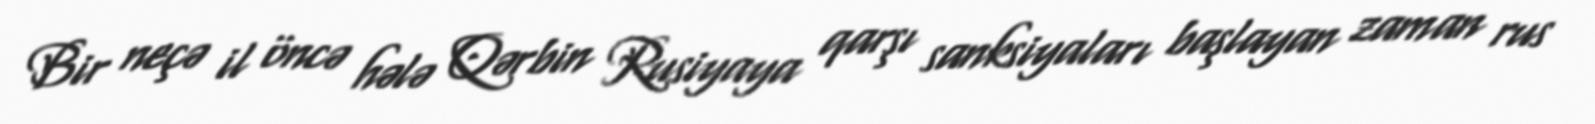
Bir neçə il öncə hələ Qərbin Rusiyaya qarşı sanksiyaları başlayan zaman rus